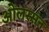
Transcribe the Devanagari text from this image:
ओलस्सन